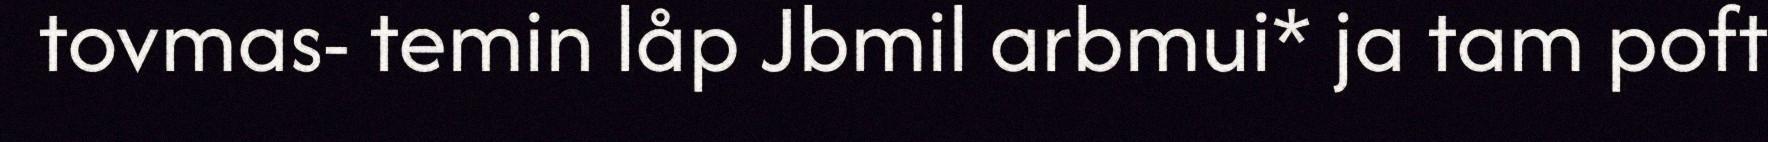
tovmas- temin låp Jbmil arbmui* ja tam poft